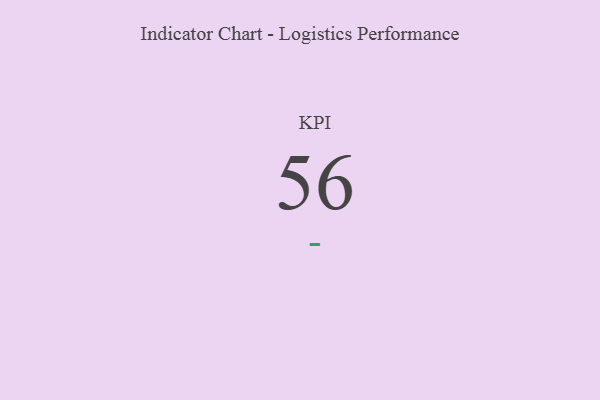
{"axis": {"x": "KPI", "y": "Value"}, "legend": [""], "data": [{"x": "KPI", "y": 56, "type": ""}]}